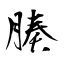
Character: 腠